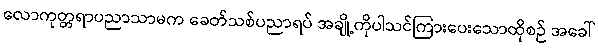
လောကုတ္တရာပညာသာမက ခေတ်သစ်ပညာရပ် အချို့ကိုပါသင်ကြားပေးသောထိုစဉ် အခေါ်